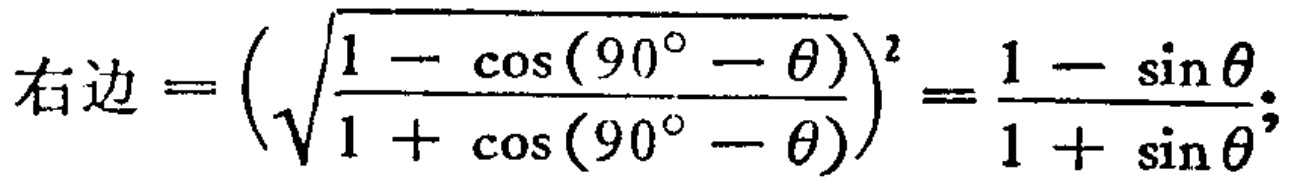
右边=\((\sqrt{\frac{1 - \cos(90^{\circ} - \theta)}{1 + \cos(90^{\circ} - \theta)}})^2 = \frac{1 - \sin\theta}{1 + \sin\theta};\)